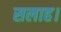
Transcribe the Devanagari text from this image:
सलाह।